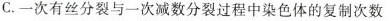
C.一次有丝分裂与一次减数分裂过程中染色体的复制次数